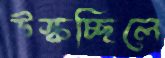
উস্‌কচ্ছিলে